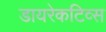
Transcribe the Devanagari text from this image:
डायरेकटिव्स